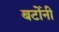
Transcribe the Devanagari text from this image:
बर्टोनी